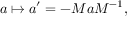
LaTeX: a \mapsto a ^ { \prime } = - M a M ^ { - 1 } ,